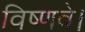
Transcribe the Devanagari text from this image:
विष्णवे।